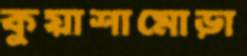
কুয়াশামোড়া